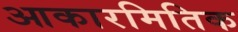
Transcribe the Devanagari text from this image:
आकारमितिक